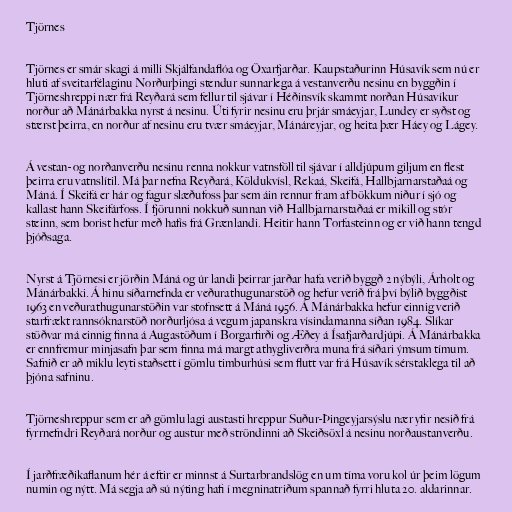
Tjörnes

Tjörnes er smár skagi á milli Skjálfandaflóa og Öxarfjarðar. Kaupstaðurinn Húsavík sem nú er
hluti af sveitarfélaginu Norðurþingi stendur sunnarlega á vestanverðu nesinu en byggðin í
Tjörneshreppi nær frá Reyðará sem fellur til sjávar í Héðinsvík skammt norðan Húsavíkur
norður að Mánárbakka nyrst á nesinu. Úti fyrir nesinu eru þrjár smáeyjar, Lundey er syðst og
stærst þeirra, en norður af nesinu eru tvær smáeyjar, Mánáreyjar, og heita þær Háey og Lágey.

Á vestan- og norðanverðu nesinu renna nokkur vatnsföll til sjávar í alldjúpum giljum en flest
þeirra eru vatnslítil. Má þar nefna Reyðará, Köldukvísl, Rekaá, Skeifá, Hallbjarnarstaðaá og
Máná. Í Skeifá er hár og fagur slæðufoss þar sem áin rennur fram af bökkum niður í sjó og
kallast hann Skeifárfoss. Í fjörunni nokkuð sunnan við Hallbjarnarstaðaá er mikill og stór
steinn, sem borist hefur með hafís frá Grænlandi. Heitir hann Torfasteinn og er við hann tengd
þjóðsaga.

Nyrst á Tjörnesi er jörðin Máná og úr landi þeirrar jarðar hafa verið byggð 2 nýbýli, Árholt og
Mánárbakki. Á hinu síðarnefnda er veðurathugunarstöð og hefur verið frá því býlið byggðist
1963 en veðurathugunarstöðin var stofnsett á Máná 1956. Á Mánárbakka hefur einnig verið
starfrækt rannsóknarstöð norðurljósa á vegum japanskra vísindamanna síðan 1984. Slíkar
stöðvar má einnig finna á Augastöðum í Borgarfirði og Æðey á Ísafjarðardjúpi. Á Mánárbakka
er ennfremur minjasafn þar sem finna má margt athygliverðra muna frá síðari ýmsum tímum.
Safnið er að miklu leyti staðsett í gömlu timburhúsi sem flutt var frá Húsavík sérstaklega til að
þjóna safninu.

Tjörneshreppur sem er að gömlu lagi austasti hreppur Suður-Þingeyjarsýslu nær yfir nesið frá
fyrrnefndri Reyðará norður og austur með ströndinni að Skeiðsöxl á nesinu norðaustanverðu.

Í jarðfræðikaflanum hér á eftir er minnst á Surtarbrandslög en um tíma voru kol úr þeim lögum
numin og nýtt. Má segja að sú nýting hafi í megninatriðum spannað fyrri hluta 20. aldarinnar.